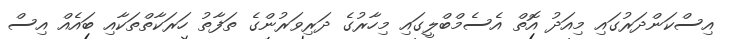
އިސްކަންދަރުގައި މިއަދު އޮތް އެސެމްބްލީގައި މިހާރުގެ ދަރިވަރުންގެ ތަފާތު ހަރަކާތްތަކާއި ބައެއް އިސް